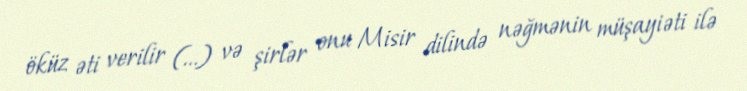
öküz əti verilir (…) və şirlər onu Misir dilində nəğmənin müşayiəti ilə